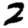
Digit: 2